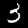
Digit: 3